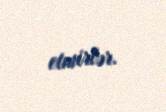
etmirlər.